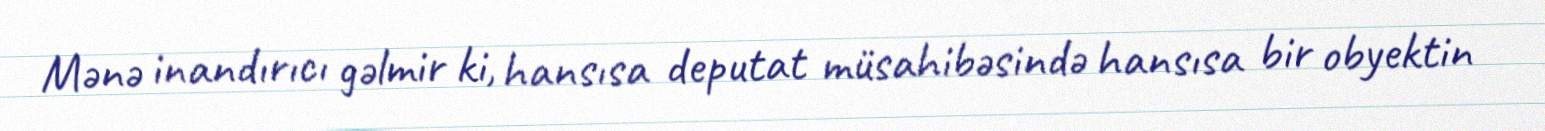
Mənə inandırıcı gəlmir ki, hansısa deputat müsahibəsində hansısa bir obyektin